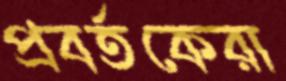
প্রবর্তকেরা